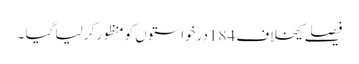
فیصلے کیخلاف 184درخواستوں کو منظور کر لیا گیا ۔